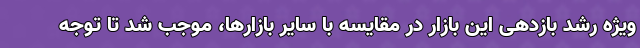
ویژه رشد بازدهی این بازار در مقایسه با سایر بازارها، موجب شد تا توجه